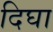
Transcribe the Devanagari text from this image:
दिघा